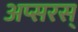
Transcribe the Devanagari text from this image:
अप्सरस्